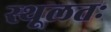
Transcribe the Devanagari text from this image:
स्थूलतः